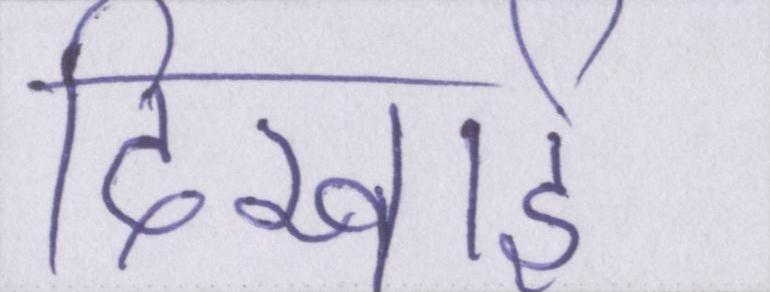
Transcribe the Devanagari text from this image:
दिखाई